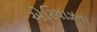
એરિયાઝના